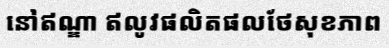
នៅឥណ្ឌា ឥលូវផលិតផលថែសុខភាព